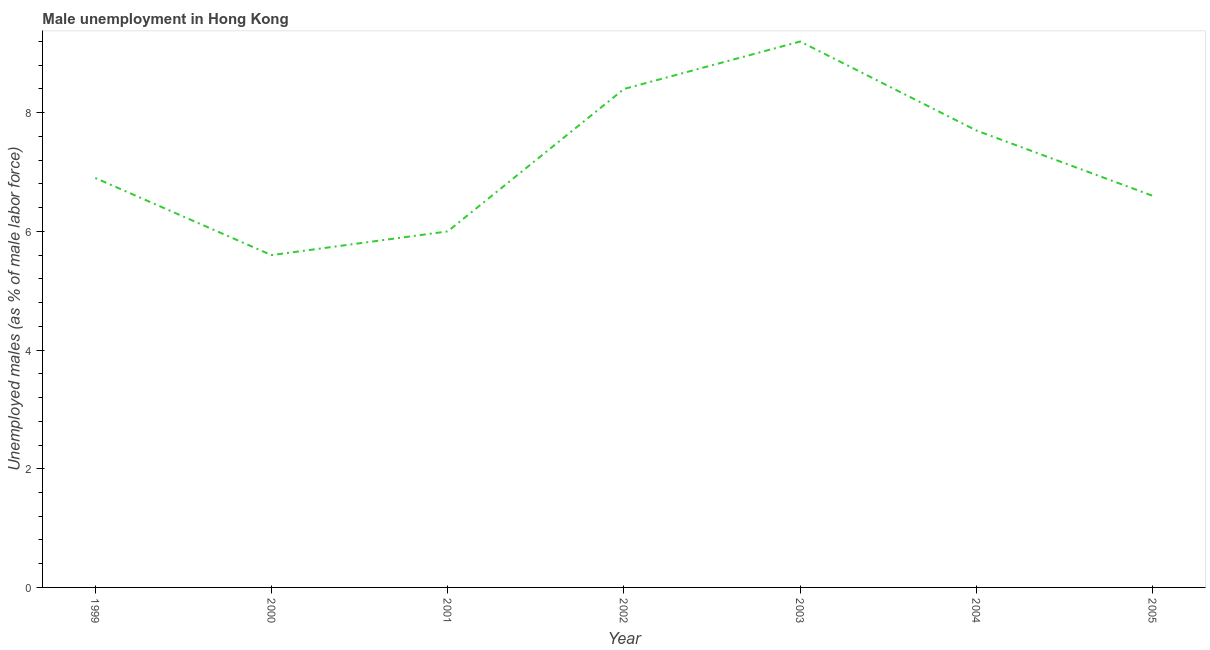
| Year | Unemployment |
 | --- | --- |
 | 1999 | 6.9 |
 | 2000 | 5.6 |
 | 2001 | 6 |
 | 2002 | 8.4 |
 | 2003 | 9.2 |
 | 2004 | 7.7 |
 | 2005 | 6.6 |